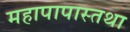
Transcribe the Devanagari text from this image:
महापापास्तथा